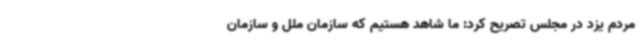
مردم یزد در مجلس تصریح کرد: ما شاهد هستیم که سازمان ملل و سازمان